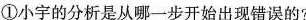
①小宇的分析是从哪一步开始出现错误的？